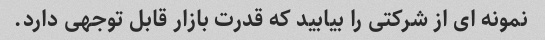
نمونه ای از شرکتی را بیابید که قدرت بازار قابل توجهی دارد.